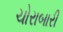
ચોરાબારી